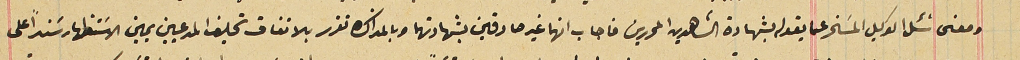
ومعنى سَئل الوكيل المسَخر عما يقوله بشهادة الشاهدين المحررين فاجاب انهما غير صادقين بشهادتهما وبالمذاكره تقرر بالاتفاق تحليف المدعيين يمين الاسَتظهار سَنداً على